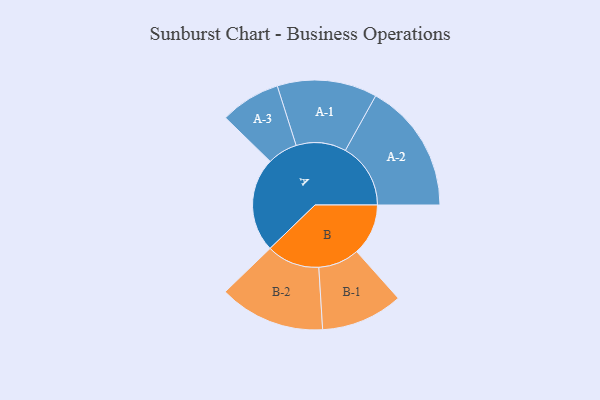
{"axis": {"x": "Segment", "y": "Value"}, "legend": ["", "A", "B"], "data": [{"x": "A", "y": 401, "type": ""}, {"x": "B", "y": 219, "type": ""}, {"x": "A-1", "y": 212, "type": "A"}, {"x": "A-2", "y": 277, "type": "A"}, {"x": "A-3", "y": 128, "type": "A"}, {"x": "B-1", "y": 174, "type": "B"}, {"x": "B-2", "y": 225, "type": "B"}]}